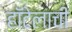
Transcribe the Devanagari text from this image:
हॉटेलाची